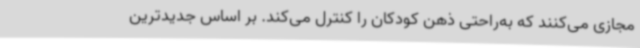
مجازی می‌کنند که به‌راحتی ذهن کودکان را کنترل می‌کند. بر اساس جدیدترین